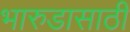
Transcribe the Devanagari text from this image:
भारुडासाठी